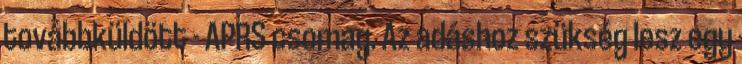
továbbküldött - APRS csomag. Az adáshoz szükség lesz egy